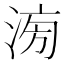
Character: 𣶢